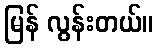
မြန် လွန်းတယ်။